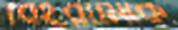
বেহরামিকে